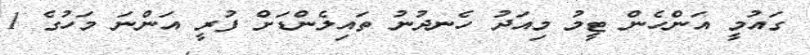
ގައުމީ އަންހެން ޓީމު މިއަދު ހެނދުނު ތައިލެންޑަށް ފުރީ އަންނަ މަހުގެ 1